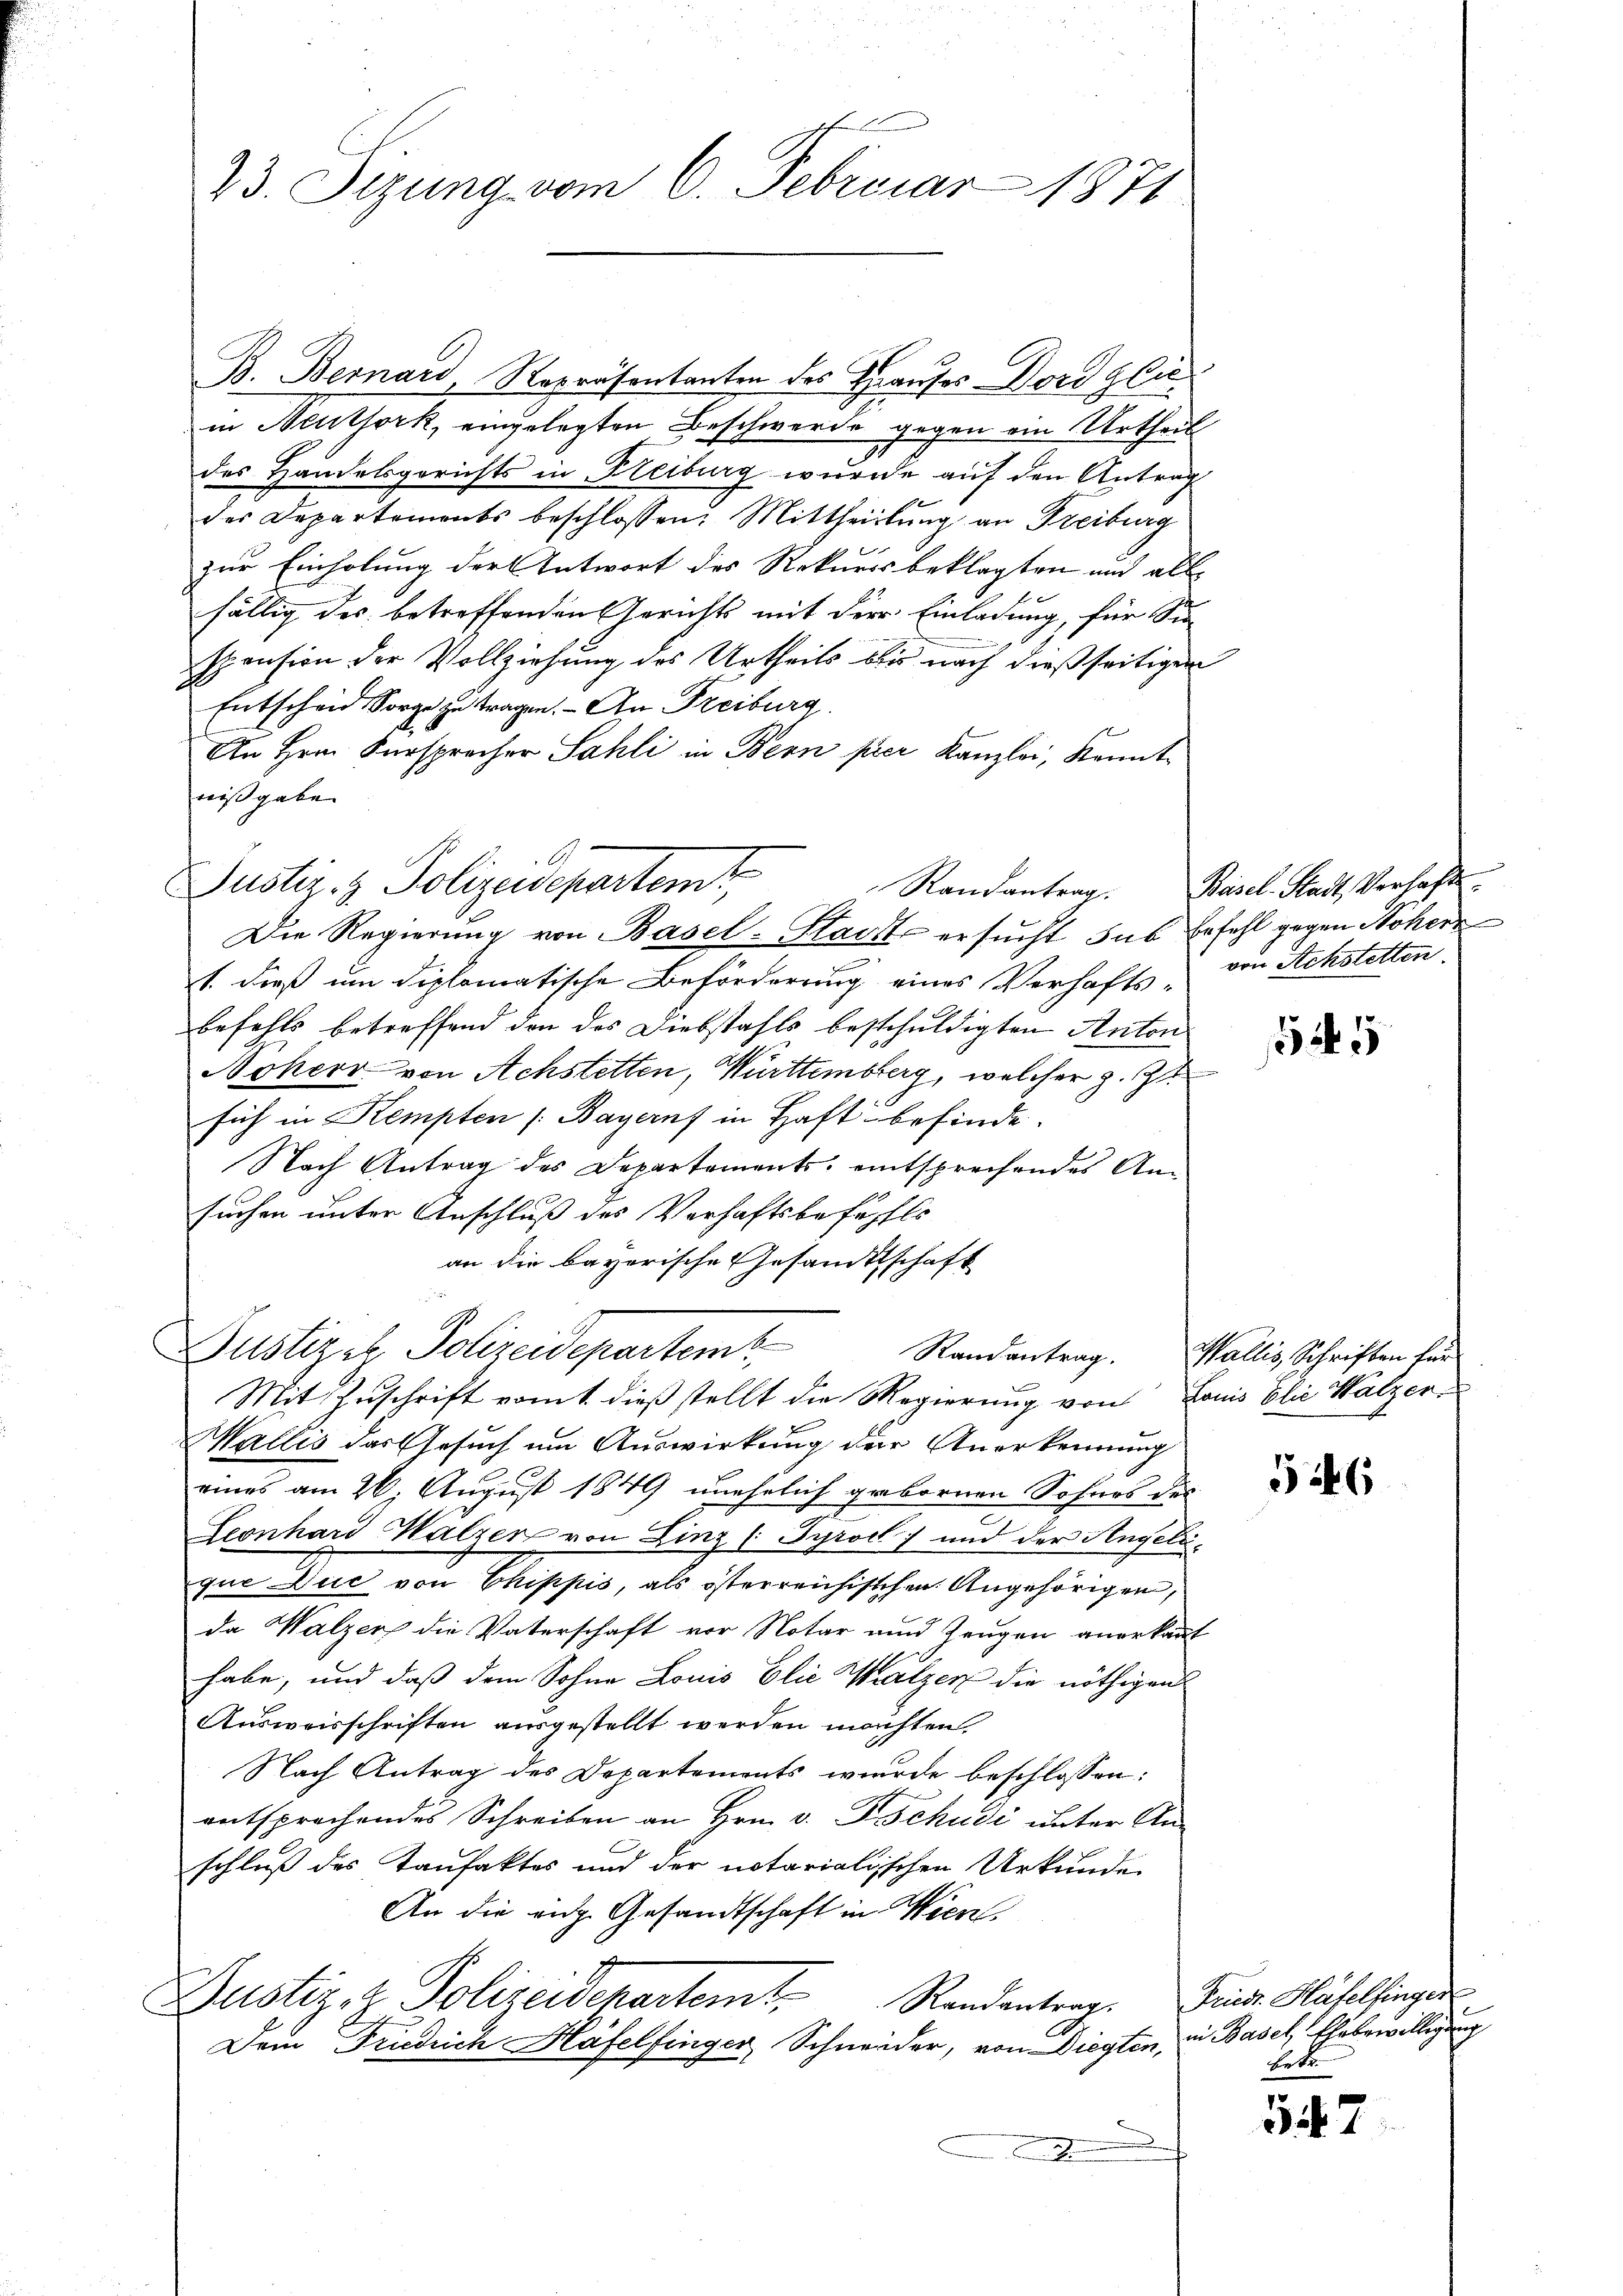
23. Sizung vom 6. Februar 1871

B. Bernard Repräsentanten des Hauses Dord glic
in Neuthork, eingelegten Beschwerde gegen ein Urtheil
des Handelsgerichts in Freiburg wurde auf den Antrag
des Departements beschlossen: Mittheilung an Freiburg
zur Einholung der Antwort des Rekursbeklagten und all-
fällig des betreffenden Gerichts mit der Einladung, für Sie
spension der Vollziehung des Urtheils bis nach dießseitigen
Entscheid Sorge zu tragen. - An Freiburg
An Hrn. Fürsprecher Sahli in Bern pier Kanzlei, Kenntnißgabe
t. dieß um diplomatische Beförderung eines Verhafts - von Achstetten
befehls betreffend den des Diebstahls besschuldigten Anton
Noherr von Achstetten, Württemberg, welcher z. Zt
sich in Kempten /: Bayerns in Haftbefinde.
Nach Antrag des Departements, entsprechendes Ansuchen unter Anschluß des Verhaftsbefehls
an die bayerische Gesamtsschaft
A
Justizel Polizeidepartem
Randantrag. Wallis, Schriften für
b
Mit Zuschrift vom 1. dieß stellt die Regierung von Louis blic Walzer-
Wallis das Gesŭch ŭm Aŭswirkung der Anerkennung
eines am 26. August 1849 unehelich gebornen Sohnes des
Leonhard Walzer von Linz ( Tyroll) und der Angeleque Duc von Chippis, als österreichischen Angehörigen,
da Walzer die Vaterschaft vor Notar und Zeugen anerkant
habe, und daß dem Sohne Louis Elie Walzer die nöthigen
Ausweisschriften ausgestellt werden machten.
Nach Antrag des Departements wurde beschlossen:
entsprochendes Schreiben an Hrn. v. Tschudi unter An-
schluß des Taufaktes und der notarialischen Urkunde
An die eige Gesandtschaft in Wien,
Justiz- & Polizeidepartemt. Randantrag. Feinde Häfelsingen
Dem Friedrich Häfelfinger, Schneider, von Diegten, in Basel, Ehrbewilligung

Justiz- & Polizeidepartemt
Die Regierung von Basel-Stadt ersucht sub Erfahl gegen Höhere

Randantrag. Basel-Stadt, Verhaft

25

56

Betr

37